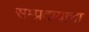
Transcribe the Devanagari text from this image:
सम्प्रदायाचा